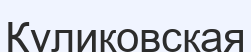
Куликовская